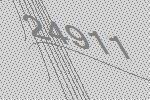
24911